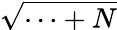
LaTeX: \sqrt{\cdots+N}